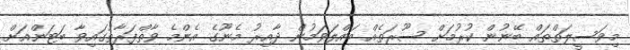
މިވަސީލަތްތައް ބޭނުން ކުރުމަށް ސޫރަތެއް ބައްލަވަމުން ދާއިރު މެނޫގެ އެންމެ ވާތްފަރާތުގައިވާ ބަޓަންއަށް